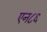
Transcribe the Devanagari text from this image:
एन८६